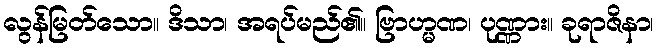
လွန်မြတ်သော။ ဒိသာ၊ အရပ်မည်၏။ ဗြာဟ္မဏ၊ ပုဏ္ဏား။ ခုရာဇိနာ၊